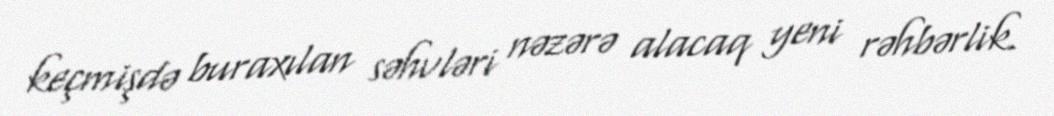
keçmişdə buraxılan səhvləri nəzərə alacaq yeni rəhbərlik.